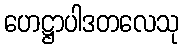
ဟေဋ္ဌာပါဒတလေသု